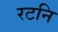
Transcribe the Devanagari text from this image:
रटनि